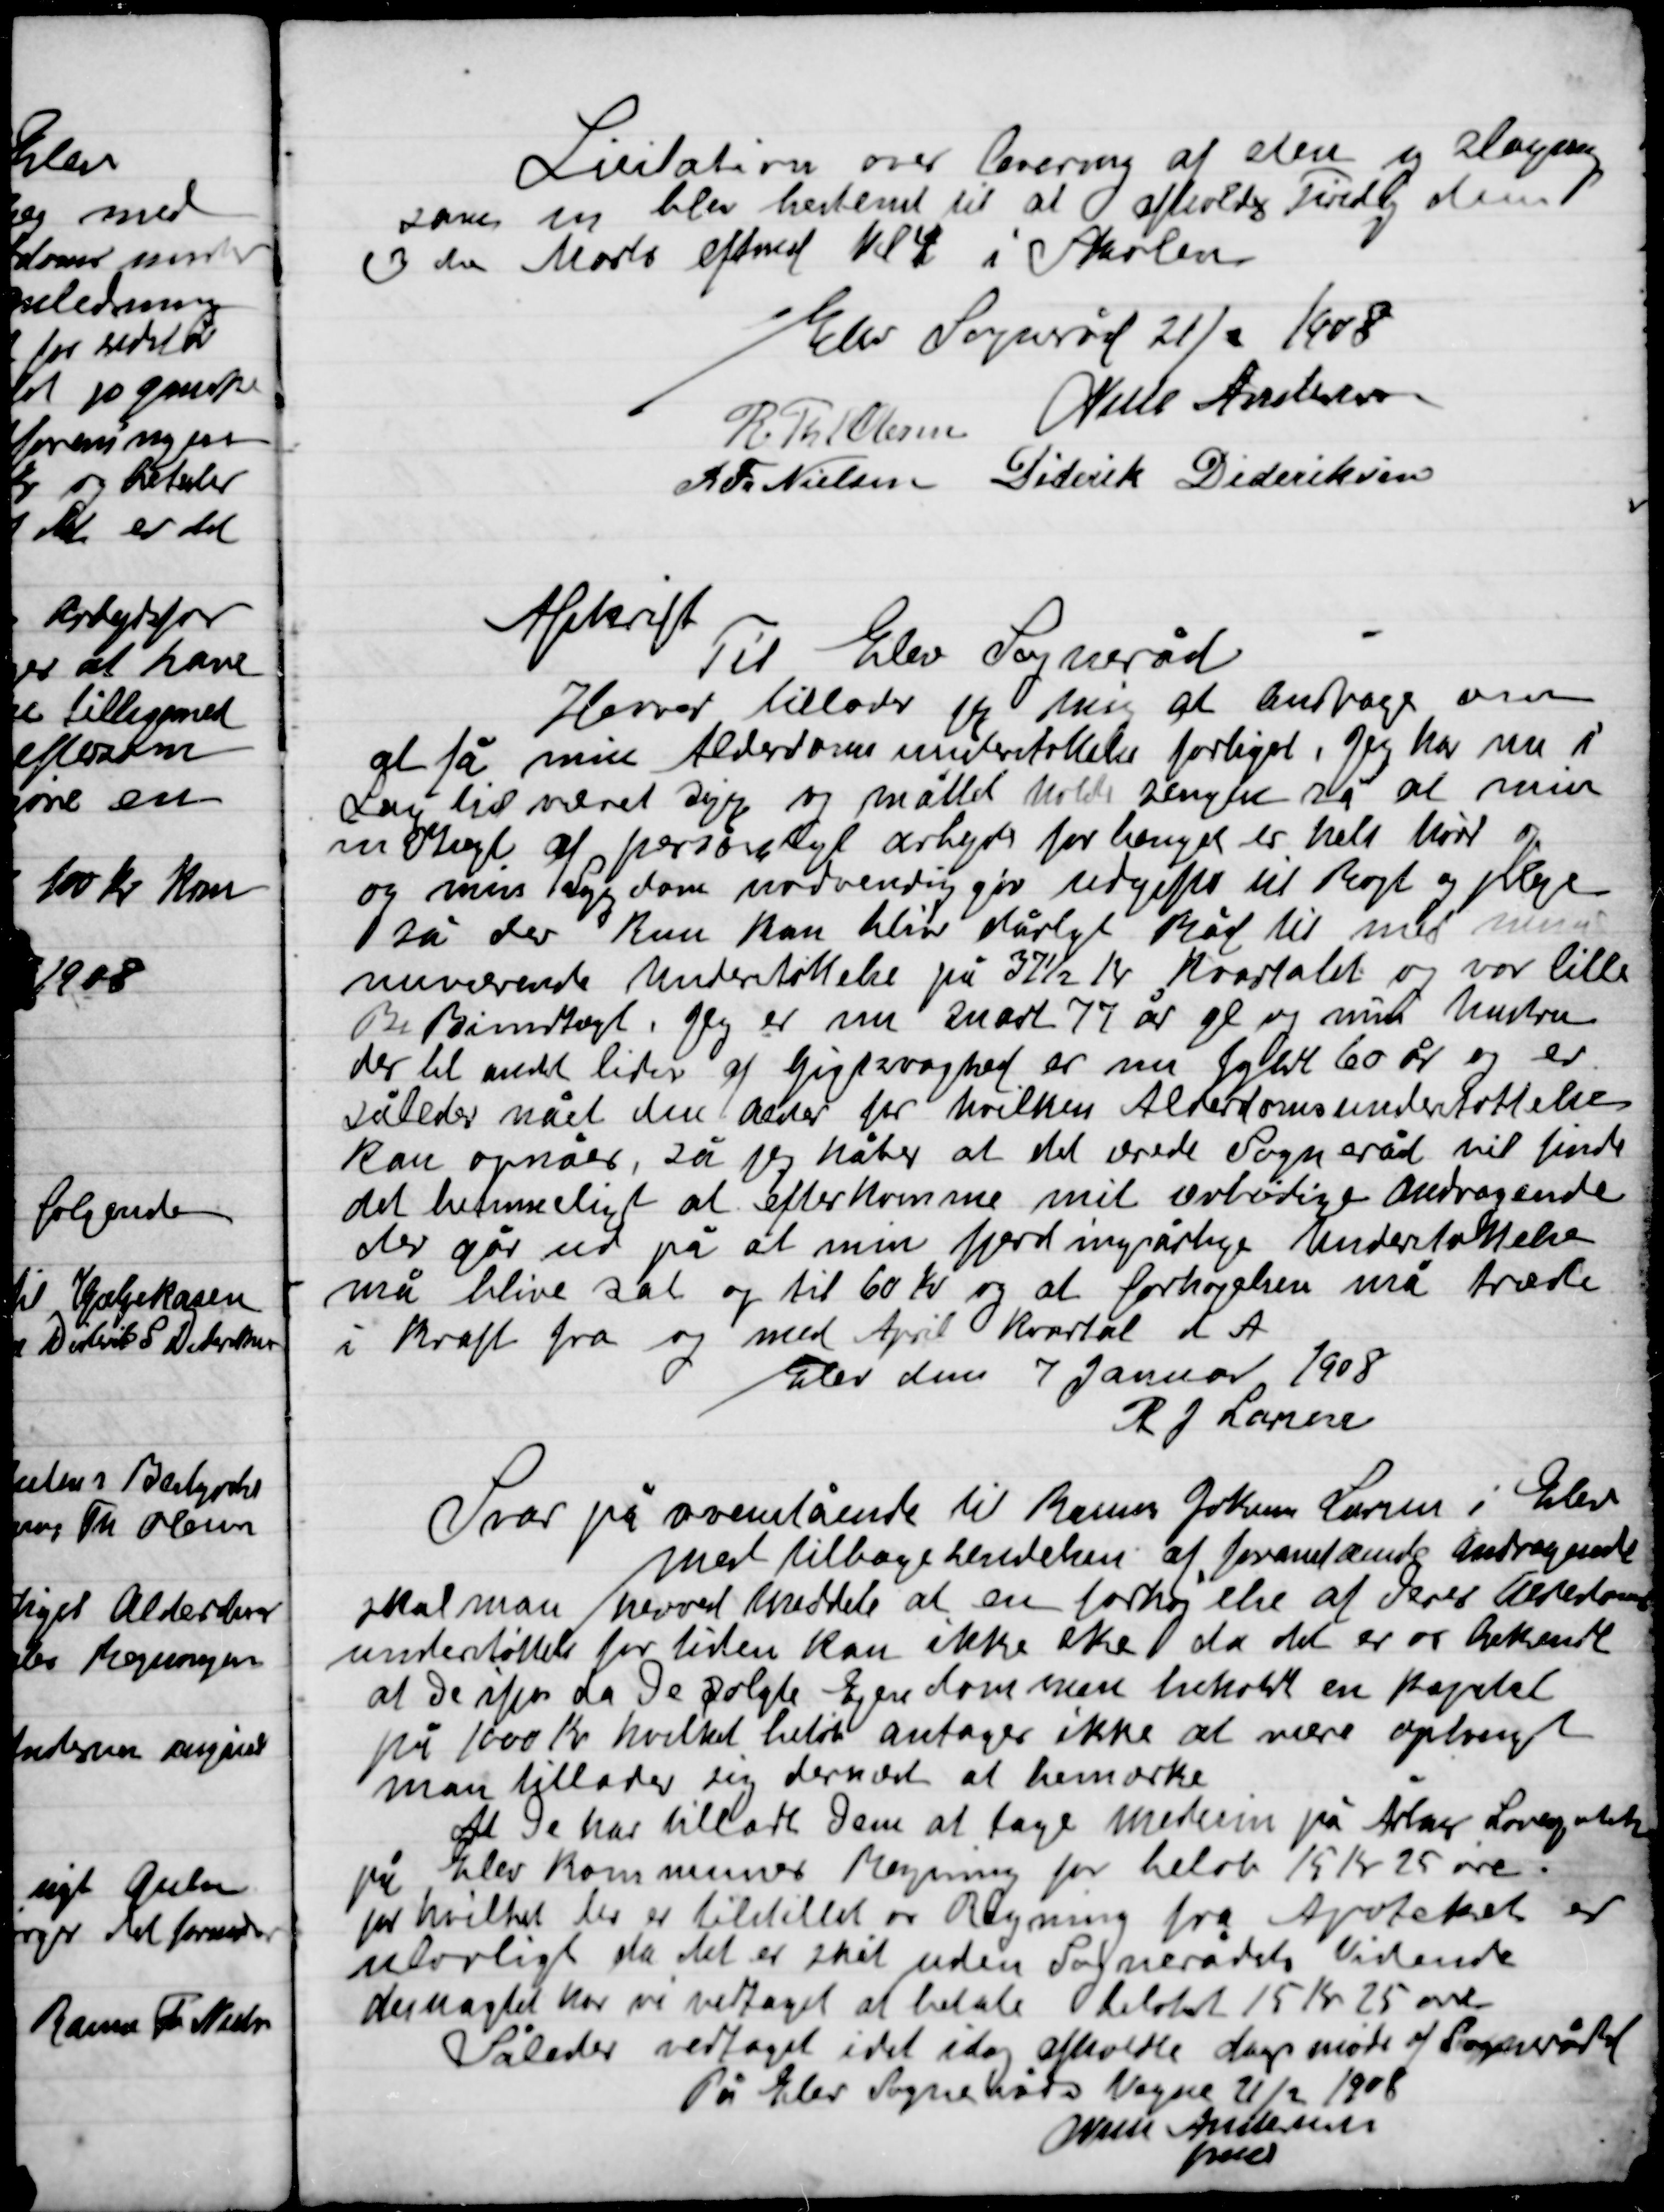
Transskription:
Licitation over Levering af sten og slagning
som en blev bestem til at afholdes Tirsdag den
3die Marts eftermid. Kl. 4 i Skolen.

Elev sogneråd 21/2 1908

R. Th. Olsen
Niels Andersen
R. Fr. Nielsen
Diderik Dideriksen

Afskrift
Til Elev Sogneråd
Herved tillodes jeg mig at andrage om
at få min Alderdomsunderstøttelse forhøjet, jeg har nu i
En tid været syg og måttet holde sengen så at min
indtægt af personligt arbejde for længst er helt hørt op
og min Sygdom nødvendiggør udgifter til  og Pleje
så der kun kan blive dårligt Råd til med min
nuværende Understøttelse på 37½ Kr. Kvartalet og var lille
 Rimedtogt Jeg er nu snart 77 år gl. og min Hustru
der til andet lider af gigtsvaghed er nu fyldt 60 år og er
Således nået den alder for hvilken Alderdomsunderstøttelse
Kan opnås, så jeg håber at det ærede Sogneråd vil finde
Det temmeligt at efterkomme mit ærbødige Andragende
der går ud på at min fjerdingsårlige Understøttelse
må blive sat op til 60 Kr. og at forhøjelsen må træde
i kraft fra og med April Kvartal d. A.
Elev den 7 Januar 1908
R. J. Laursen

Svar på ovenstående til Rasmus Jokum Laursen i Elev
med tilbagesendelsen af forannævnde andragende
skal man herved meddele at en forhøjelse af jeres Alderdoms-
understøttelse for tiden kan ikke ske da det er os Bekendt
at De ifjor da De solgte Ejendommen beholdt en Kapital
på 1000 Kr. hvilket beløb antages ikke at mere opbrugt
man tillader sig dernæst at bemærke.
At de har tilladt dem at tage medicin på Århus
på Elev Kommunes regning for beløb 15 Kr. 25 øre
for hvilket der er tilstillet os Regning fra Apoteket er
ulovligt da det er sket uden Sognerådets Vidende
desuagtet har vi vedtaget at betale beløbet 15 Kr. 25 øre
Således vedtaget idet i dag afholdte dagsmøde af Sognerådet
På Elev Sogneråds vegne 21/2 1908
Niels Andersen
Fmd.